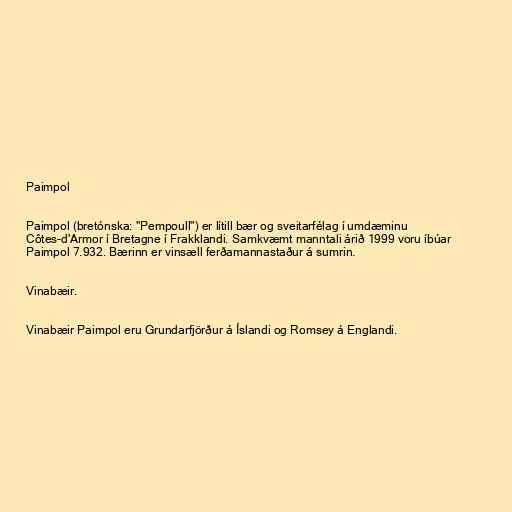
Paimpol

Paimpol (bretónska: "Pempoull") er lítill bær og sveitarfélag í umdæminu
Côtes-d'Armor í Bretagne í Frakklandi. Samkvæmt manntali árið 1999 voru íbúar
Paimpol 7.932. Bærinn er vinsæll ferðamannastaður á sumrin.

Vinabæir.

Vinabæir Paimpol eru Grundarfjörður á Íslandi og Romsey á Englandi.